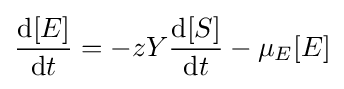
{\frac {{\text{d}}[E]}{{\text{d}}t}}=-zY{\frac {{\text{d}}[S]}{{\text{d}}t}}-\mu _{E}[E]